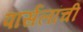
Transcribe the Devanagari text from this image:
पार्सलांची